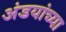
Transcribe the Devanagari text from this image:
अंडयांच्या